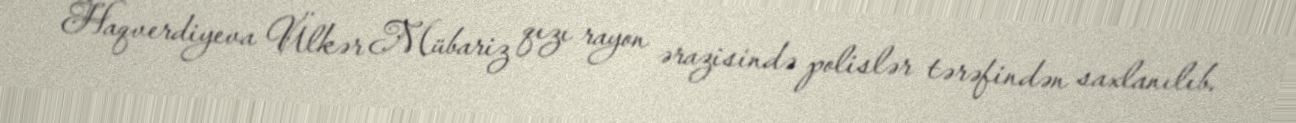
Haqverdiyeva Ülkər Mübariz qızı rayon ərazisində polislər tərəfindən saxlanılıb.